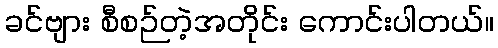
ခင်ဗျား စီစဉ်တဲ့အတိုင်း ကောင်းပါတယ်။